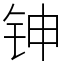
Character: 𬬹